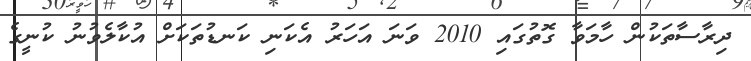
ދިރާސާތަކުން ހާމަވާ ގޮތުގައި 2010 ވަނަ އަހަރު އެކަނި ކަނޑުތަކަށް އުކާލެވުނު ކުނީގެ